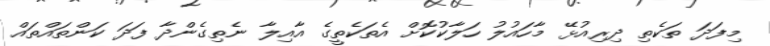
މިފަދަ ތަކެތި ދިރިއުޅޭ މާހައުލު ހަލާކުކޮށް އެތަކެތީގެ އާއިލާ ނެތިގެންދާ ފަދަ ކަންތައްތައް